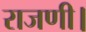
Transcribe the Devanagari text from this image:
राजणी।